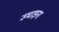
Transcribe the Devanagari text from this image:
उघाड़ना